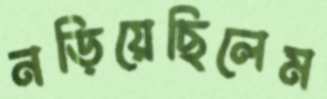
নড়িয়েছিলেম